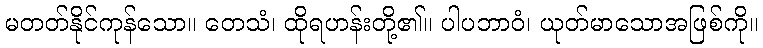
မတတ်နိုင်ကုန်သော။ တေသံ၊ ထိုရဟန်းတို့၏။ ပါပဘာဝံ၊ ယုတ်မာသောအဖြစ်ကို။